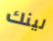
لينك